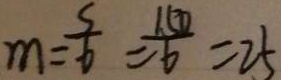
m = \frac { 5 } { 6 } = \frac { 1 5 0 } { 6 } = 2 5